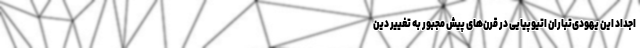
اجداد این یهودی‌تباران اتیوپیایی در قرن‌های پیش مجبور به تغییر دین